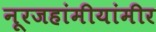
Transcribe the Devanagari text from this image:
नूरजहांमीयांमीर